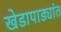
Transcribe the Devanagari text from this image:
खेडापाड्यांत